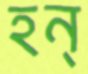
হন্